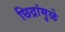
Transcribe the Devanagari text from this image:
छिद्रांमुळे